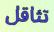
تثاقل